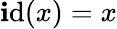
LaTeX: \operatorname{\mathbf{i}d}(x)=x